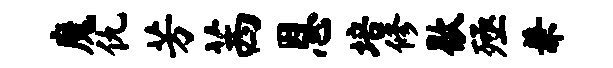
魔仇芳茜恩培修歇殛兼